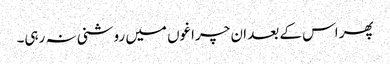
پھر اس کے بعد ان چراغوں میں روشنی نہ رہی۔